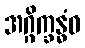
အဂ္ဂိက္ခန္ဓံဝ